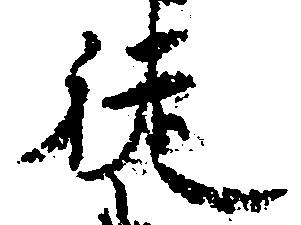
徒